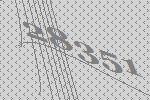
28351